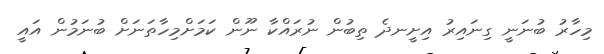
މިހާރު ބުނަނީ ގިނައިރު އިށީނދެ ތިބުން ނުރައްކާ ނޫން ކަމަށްމިހާތަނަށް ބުނަމުން އައީ